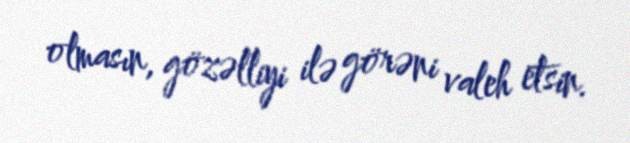
olmasın, gözəlliyi ilə görəni valeh etsin.